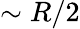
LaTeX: \sim R/2